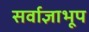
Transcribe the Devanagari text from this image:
सर्वाज्ञाभूप